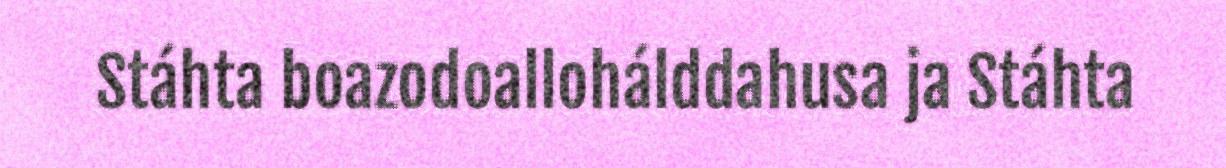
Stáhta boazodoallohálddahusa ja Stáhta